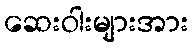
ဆေးဝါးများအား